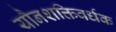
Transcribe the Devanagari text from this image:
यौनशक्तिवर्धक